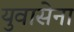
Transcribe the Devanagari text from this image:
युवासेना